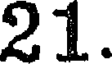
21.